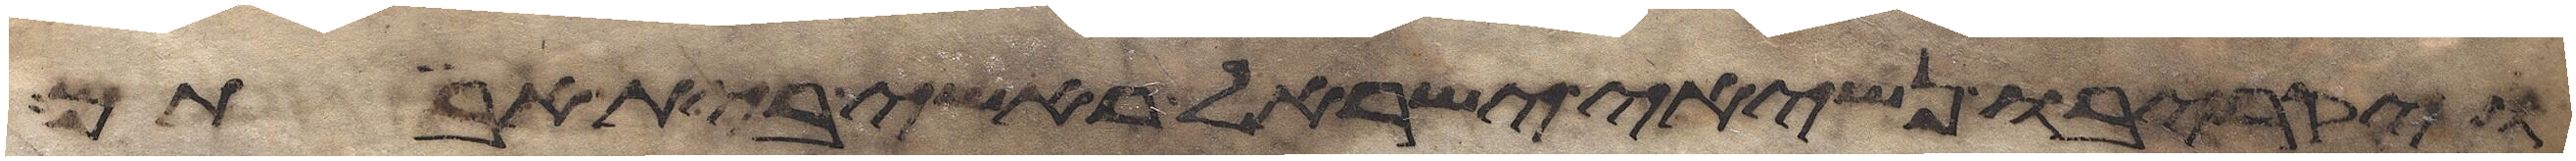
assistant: ויקריבו נשיאי ישראל ראשי בית אבותם